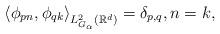
LaTeX: \begin{align*}\left\langle \phi_{pn},\phi_{qk}\right\rangle_{L^{2}_{G_{\alpha }}(\mathbb{R}^{d})}=\delta_{p,q},n=k,\end{align*}